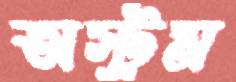
অস্ট্রম